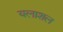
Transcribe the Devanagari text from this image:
यलाशल